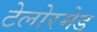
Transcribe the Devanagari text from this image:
टेलोरमेड